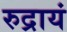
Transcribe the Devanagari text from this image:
रुद्रायं